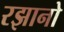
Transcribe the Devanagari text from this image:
रझानो